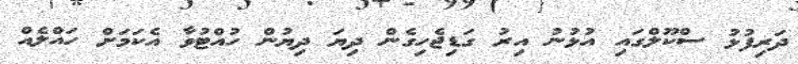
ދަރިފުޅު ސްކޫލްގައި އުޅުނު އިރު ގަޑިޖެހިގެން ދިޔަ ދިޔުން ހުއްޓުވާ އެކަމަށް ހައްލެއް